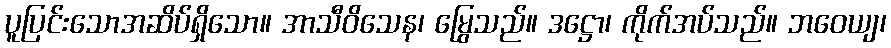
ပူပြင်းသောအဆိပ်ရှိသော။ အာသီဝိသေန၊ မြွေသည်။ ဒဋ္ဌော၊ ကိုက်အပ်သည်။ ဘဝေယျ၊